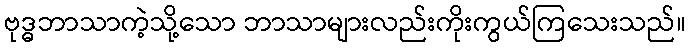
ဗုဒ္ဓဘာသာကဲ့သို့သော ဘာသာများလည်းကိုးကွယ်ကြသေးသည်။